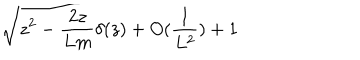
\sqrt { z ^ { 2 } - \frac { 2 z } { L m } \delta ( z ) + O ( \frac { 1 } { L ^ { 2 } } ) + 1 }